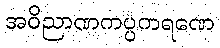
အဝိညာဏကပ္ပကရဏေ